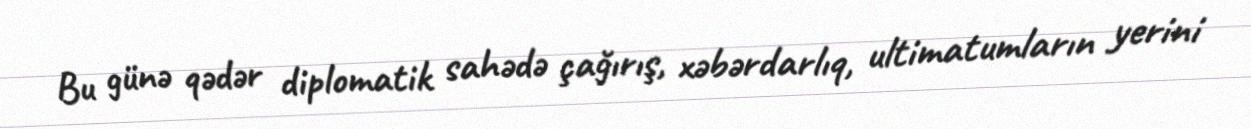
Bu günə qədər diplomatik sahədə çağırış, xəbərdarlıq, ultimatumların yerini